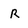
Character: R